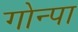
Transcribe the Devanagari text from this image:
गोन्पा